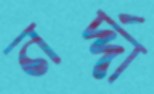
নর্দ্দা